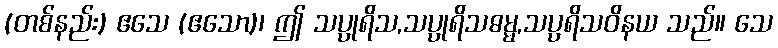
(တစ်နည်း) ဧသေ (ဧသော)၊ ဤ သပ္ပုရိသ,သပ္ပုရိသဓမ္မ,သပ္ပရိသဝိနယ သည်။ သေ